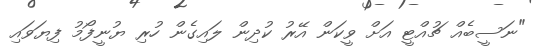
"ނަސީބެއް ޗުއްޓީ އަށް ވީކަން އޭރު ކުދިން ލައިގެން ހުރި ޔުނީފޯމު ފިޔަވައި